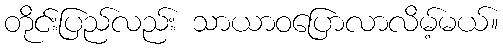
တိုင်းပြည်လည်း သာယာဝပြောလာလိမ့်မယ်။